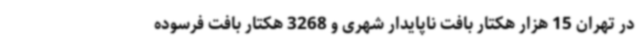
در تهران 15 هزار هکتار بافت ناپایدار شهری و 3268 هکتار بافت فرسوده